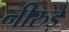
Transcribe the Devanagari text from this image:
नीरुड़े